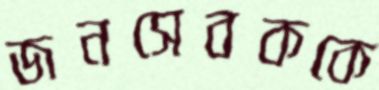
জনসেবককে